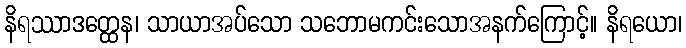
နိရဿာဒတ္ထေန၊ သာယာအပ်သော သဘောမကင်းသောအနက်ကြောင့်။ နိရယော၊